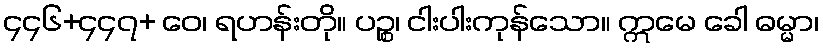
၄၄၆+၄၄၇+ ဝေ၊ ရဟန်းတို။ ပဉ္စ၊ ငါးပါးကုန်သော။ ဣမေ ခေါ ဓမ္မာ၊